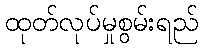
ထုတ်လုပ်မှုစွမ်းရည်